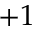
+ 1